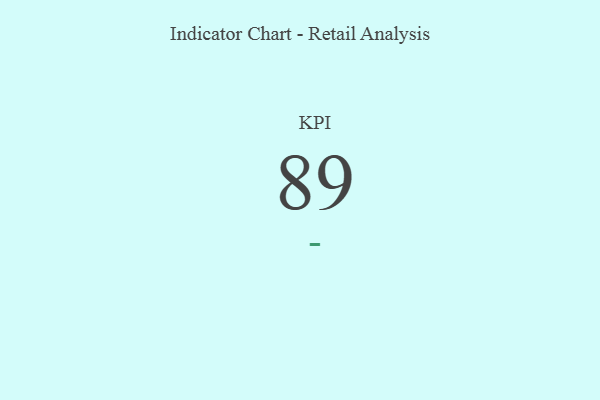
{"axis": {"x": "KPI", "y": "Value"}, "legend": [""], "data": [{"x": "KPI", "y": 89, "type": ""}]}